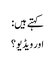
کہتے ہیں:
اور ویڈیو ؟